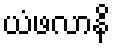
ယံဖလာနိ